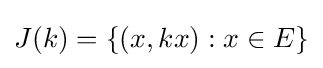
J(k)=\{(x,kx):x\in E\}